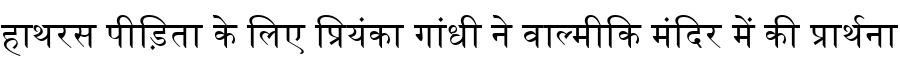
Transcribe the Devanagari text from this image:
हाथरस पीड़िता के लिए प्रियंका गांधी ने वाल्मीकि मंदिर में की प्रार्थना